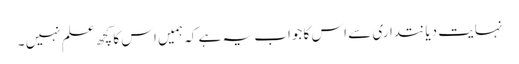
نہایت دیانتداری سے اس کا جواب یہ ہے کہ ہمیں اس کا کچھ علم نہیں ۔